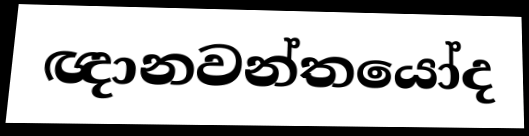
ඥානවන්තයෝද